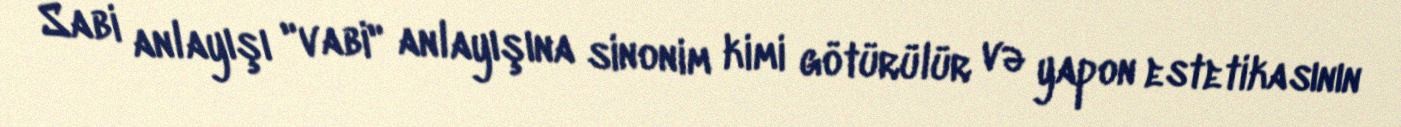
Sabi anlayışı "vabi" anlayışına sinonim kimi götürülür və yapon estetikasının